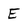
Character: E